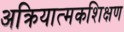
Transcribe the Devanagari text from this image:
अक्रियात्मकशिक्षण